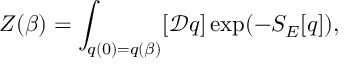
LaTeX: Z ( \beta ) = \int _ { q ( 0 ) = q ( \beta ) } [ { \mathcal D } q ] \exp ( - S _ { E } [ q ] ) ,